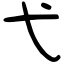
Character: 弋